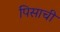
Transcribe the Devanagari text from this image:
पिसाची